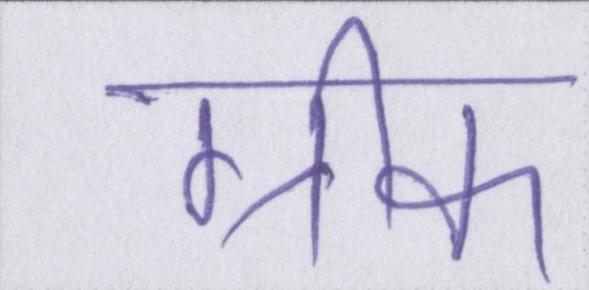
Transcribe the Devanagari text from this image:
ग्रीक